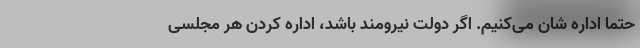
حتما اداره شان می‌کنیم. اگر دولت نیرومند باشد، اداره کردن هر مجلسی